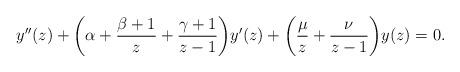
LaTeX: \begin{align*}y''(z)+\bigg(\alpha +\frac{\beta+1}{z}+\frac{\gamma+1}{z-1}\bigg)y'(z)+\bigg(\frac{\mu}{z}+\frac{\nu}{z-1}\bigg)y(z)=0.\end{align*}